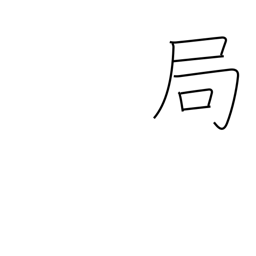
Meaning: conclusion